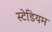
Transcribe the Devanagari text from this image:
स्‍टेडियम